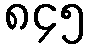
၈၄၅